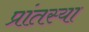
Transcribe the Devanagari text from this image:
प्रांतस्या